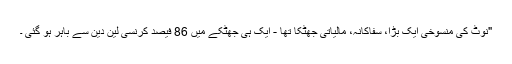
"نوٹ کی منسوخی ایک بڑا، سفاکانہ، مالیاتی جھٹکا تھا - ایک ہی جھٹکے میں 86 فیصد کرنسی لین دین سے باہر ہو گئی ۔